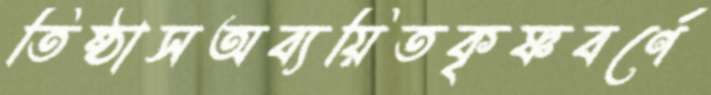
তিষ্ঠাসঅব্যয়িতকৃষ্ণবর্ণে